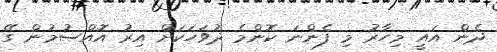
ދެން އައީ މިހާރު މި ފެންނަ ކޮންމެ ދުވަހަކަށް އިރު އޮއްސުމުން ގޭ